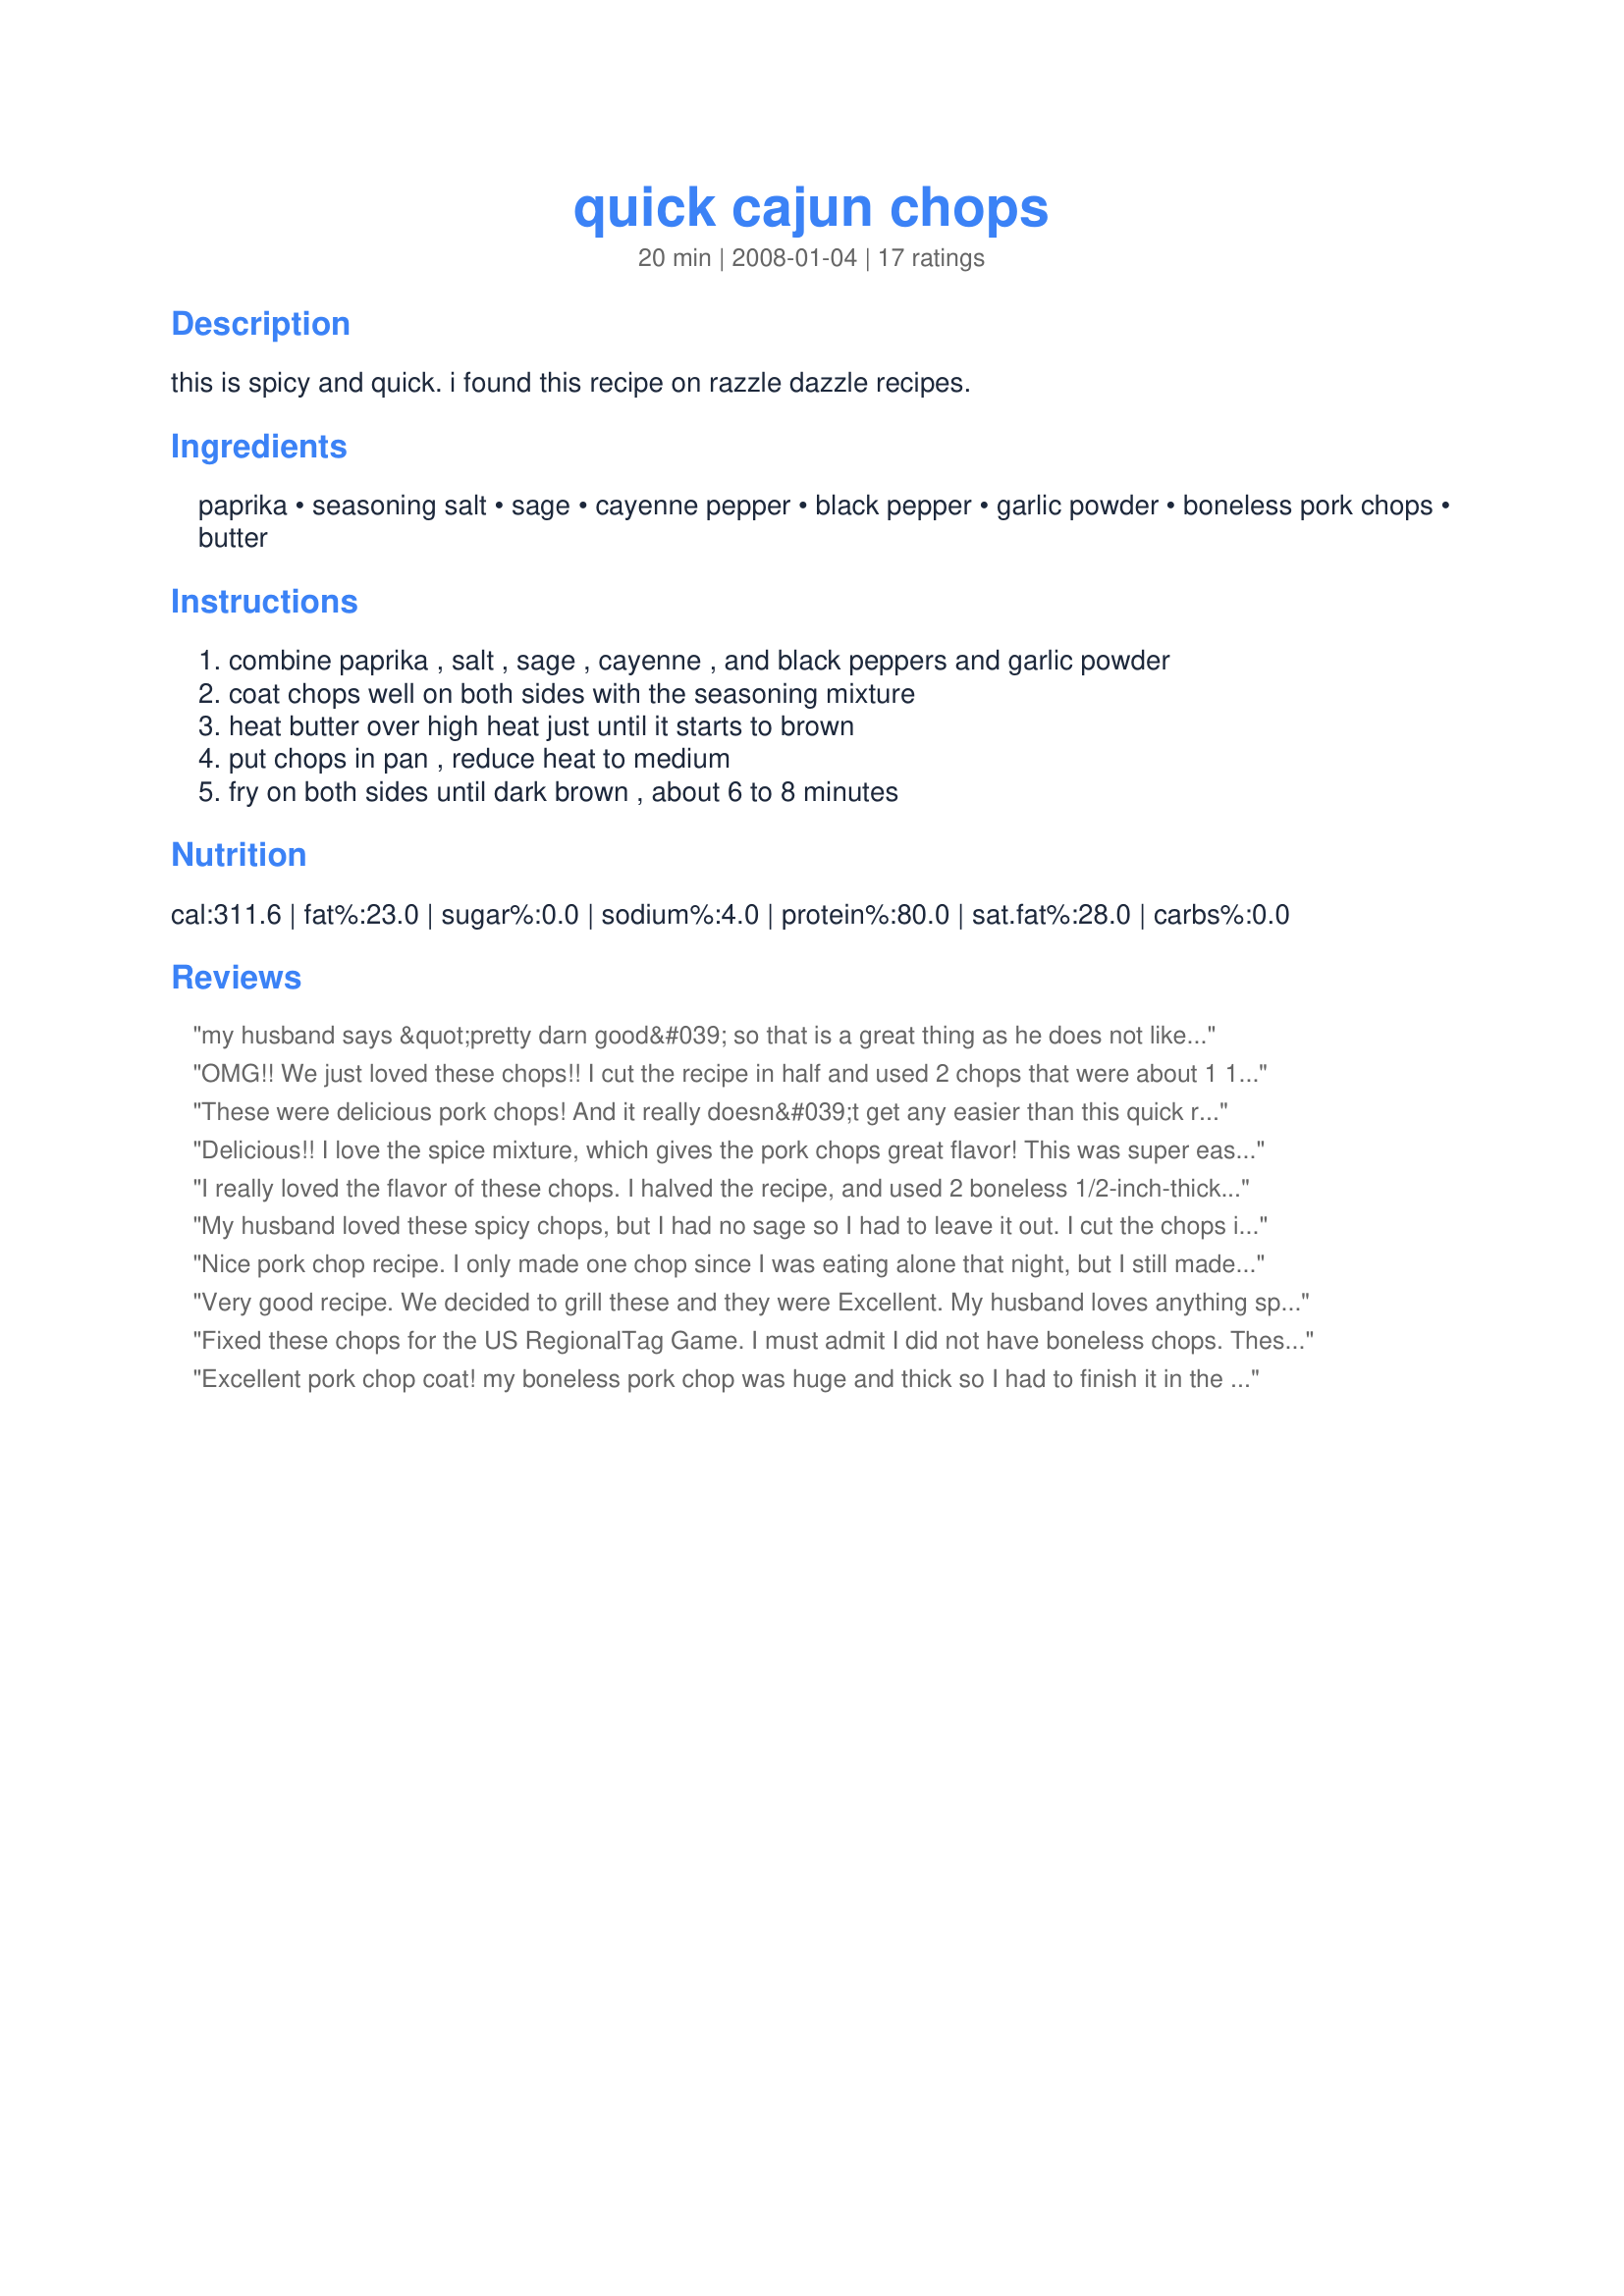
quick cajun chops
Preparation time: 20 minutes

this is spicy and quick. i found this recipe on razzle dazzle recipes.

Ingredients:
paprika, seasoning salt, sage, cayenne pepper, black pepper, garlic powder, boneless pork chops, butter

Steps:
combine paprika , salt , sage , cayenne , and black peppers and garlic powder, coat chops well on both sides with the seasoning mixture, heat butter over high heat just until it starts to brown, put chops in pan , reduce heat to medium, fry on both sides until dark brown , about 6 to 8 minutes

Reviews:
my husband says &quot;pretty darn good&#039; so that is a great thing as he does not like a lot of spice. I found that recipe was terrific quick ,simple and very flavorful..next time I will add a little more spice!! but altogether a terrific chop!!! I can&#039;t wait for guests to try it! I picked this recipe for the ZWT9 contest in the cajuncreole recipe.
OMG!! We just loved these chops!! I cut the recipe in half and used 2 chops that were about 1 1/2 inch thickness. Since it is so hot &amp; humid here, even cooking on the stove top heats up the house, so I decided to rub the chops with the 1 tsp butter and then rubbed on the seasoning. We placed them over very hot coals and seared the one side for a minute or so and then flipped and repeated, then moved them off the coals and covered the grill and cooked them until they were done. We served these with recipe#222273 and corn on the cob for a fabulous meal. This is going into my &quot;Best of 2013&quot; book. Made for ZWT 9.
These were delicious pork chops! And it really doesn&#039;t get any easier than this quick recipe (as the title so aptly states). The blend of spices really did flavor the chops quite nicely, but I think the sage is what contributed the most flavor. We really enjoyed this great recipe of yours, Lavender Lynn. Made for ZWT9 - Cajun/Creole.
Delicious!! I love the spice mixture, which gives the pork chops great flavor! This was super easy to prepare and quick-cooking. What more could you ask? I had to cook my chops a bit longer because they were pretty thick. I think this recipe would be awesome grilled. Thanks!
I really loved the flavor of these chops. I halved the recipe, and used 2 boneless 1/2-inch-thick chops, as indicated. The spice mixture was not too spicy but definitely had a nice little kick to it. The times/temp for cooking these in the skillet were perfect and the chops were done in just over 15mins. They were moist inside, but were tough (not sure if it was the meat itself). I suggested to bf that maybe next time I cover the pan partway through cooking and he thought this might help. Bf said this was pretty good and gives 4 stars. I will be making this again. It was very quick, very tasty, and I loved the seasonings. This was a recipenap for Aussie/NZ Recipe Swap #15, Apr. 2008. Thank you for sharnig, Lavender Lynn. :) ETA: Made this again tonight, modifying slightly by adding approx 3 1/2 tsp Smart Balance with Flaxseed Oil spread, browned the chops (same size as recipe states) on med about 5 mins each side, then covered the pan, turned down to med-low and cooked 3-5 mins each side. Poured a tsp of the spiced butter from the pan onto each chop at serving time; bf said chops turned out juicy and ups his rating to 5 stars. I served these tonight with Recipe #262464 and sweet kernel corn, which went together nicely. So well, in fact that bf exclaimed "This is freaking awesome and I want more now!" Rofl! Thanks again!
My husband loved these spicy chops, but I had no sage so I had to leave it out. I cut the chops into strips & put them into a hoagie roll w/ pepperjack cheese & fat free mayo. It was so quick, easy & flavorful. A great change from boring old salt/pepper seasoning!! Thank u for sharing :-).
Nice pork chop recipe. I only made one chop since I was eating alone that night, but I still made 1/2 of the seasoning mix. It was a nice blend of flavors and as everyone else has already said, it came out moist and tender. Thanks Lynn for yet another keeper. Made for Zaar Stars tag game.
Very good recipe. We decided to grill these and they were Excellent. My husband loves anything spicy! Thanks for a keeper. :) Made for "Every Day is a Holiday Tag".
Fixed these chops for the US RegionalTag Game. I must admit I did not have boneless chops. These are good, but I'm not sure about the sage? DW liked them. I will try this again, because it is one of those quick and easy recipes, but I may play around with the amount of sage. Thanks.
Excellent pork chop coat!
my boneless pork chop was huge and thick so I had to finish it in the oven. It was delicious, lovely flavour and nice and moist. I sliced it as if it was a small roast. i will be making this again, maybe with smaller chops!! Thanks for posting.
Loved this one. I enjoyed the spices very much. I did alter the cooking method. I don't like to fry stuff so I baked my chops, dipping both sides in melted butter. It worked great. Made for I Recommend Tag Game 2009.
Fast, easy, and good. I found myself dipping bread and butter in the pan drippings. YUM!
We cooked the pork chops on the barbecue. They were tender and tasty a lot. Thanks Lavender Lynn. Made for Please Review My Recipe.
Very enjoyable! After reading other reviews, I lowered the amount of sage to 1/4 tsp. and coated each boneless chop with spray butter before baking. Each bite was moist and full of spicy flavor! Thanks for sharing this quick recipe!
Quick easy and so good! Other than using a touch less sage I made up the combination of spices as posted - sprinkled to cover two 1/2 inch bone in chops. The aroma alone worth a five! Looking forward to making these Cajun Chops on the BBQ come summer. Thank you - we enjoyed those spicy flavorful chops and have added it to my favorites cookbook.
I didn't have boneless pork chops, but I loved these just the same. I usually bake my pork chops in the oven, but I made these in the skillet as directed and the pork chops were very tender and moist. I loved the spiciness and the ease of making these were a real plus. I will be making these often for a quick dinner. Made for April, 2008 Aussie/NZ Swap.
simple, quick and scrumptious!
